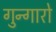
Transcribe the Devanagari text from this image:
गुन्गारो